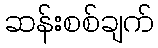
ဆန်းစစ်ချက်